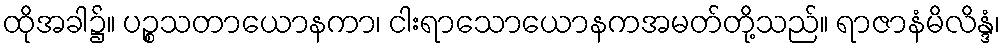
ထိုအခါ၌။ ပဉ္စသတာယောနကာ၊ ငါးရာသောယောနကအမတ်တို့သည်။ ရာဇာနံမိလိန္ဒံ၊